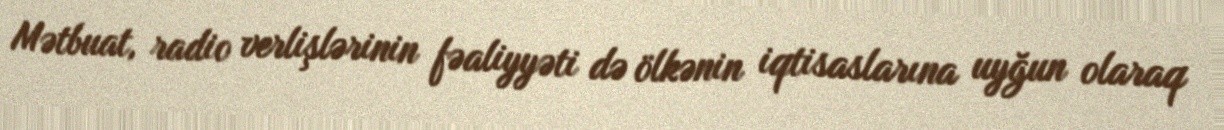
Mətbuat, radio verlişlərinin fəaliyyəti də ölkənin iqtisaslarına uyğun olaraq